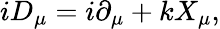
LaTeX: iD_{\mu}=i\partial_{\mu}+kX_{\mu},